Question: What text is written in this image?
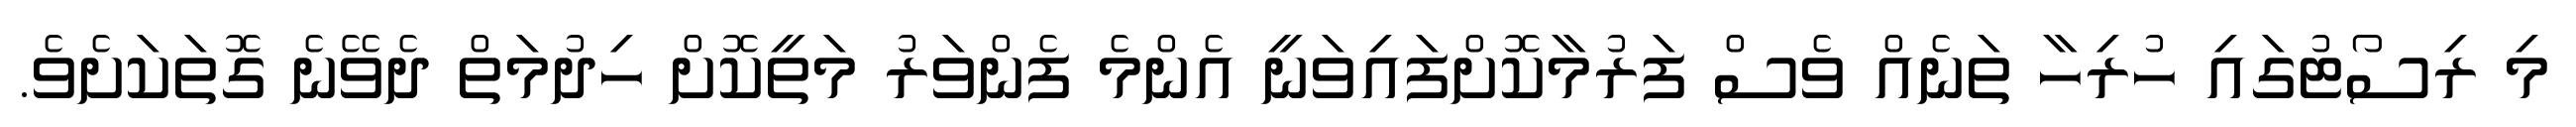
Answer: މި ރިސޯޓުގައި ހުރިހާ ތަނެއް ވެސް ފަރުމާކޮށްފައިވަނީ އެންމެ ފެންވަރު މަތީކޮށް ހިދުމަތް ދެވޭނެ ގޮތަކަށެވެ.